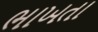
ભાખતા